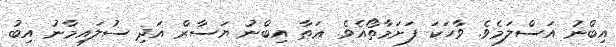
އިބްނު އަސްލަމެވެ. ވާހަކަ ފަށަމާތޯއެވެ. ޢަޠާ އިބްނު ޔަސާރް އަދި ސުލައިމާނު އިބު